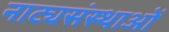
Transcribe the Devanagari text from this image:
नाट्यसंस्थाओं